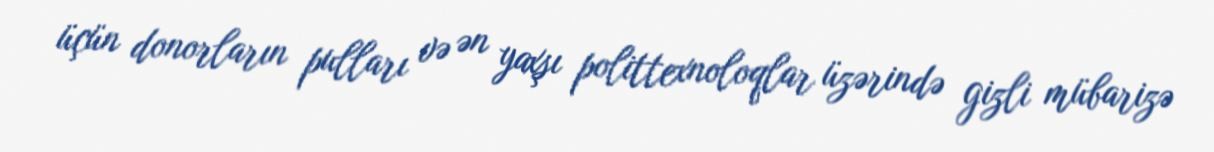
üçün donorların pulları və ən yaxşı polittexnoloqlar üzərində gizli mübarizə